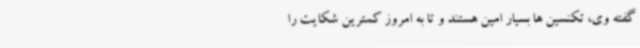
گفته وی، تکنسین ها بسیار امین هستند و تا به امروز کمترین شکایت را